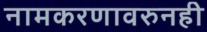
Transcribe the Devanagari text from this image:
नामकरणावरुनही